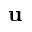
\bf u